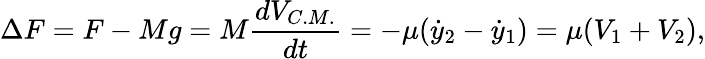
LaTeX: \Delta F=F-Mg=M\frac{dV_{C.M.}}{dt}=-\mu(\dot{y}_{2}-\dot{y}_{1})=\mu(V_{1}+V_{2}),